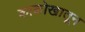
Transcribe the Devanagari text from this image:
काळोखातून